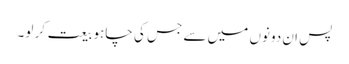
پس ان دونوں میں سے جس کی چاہو بیعت کر لو۔